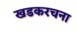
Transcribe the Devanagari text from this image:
खडकरचना